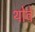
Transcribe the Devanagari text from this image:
थोवे